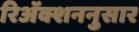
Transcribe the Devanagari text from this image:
रिॲक्शननुसार